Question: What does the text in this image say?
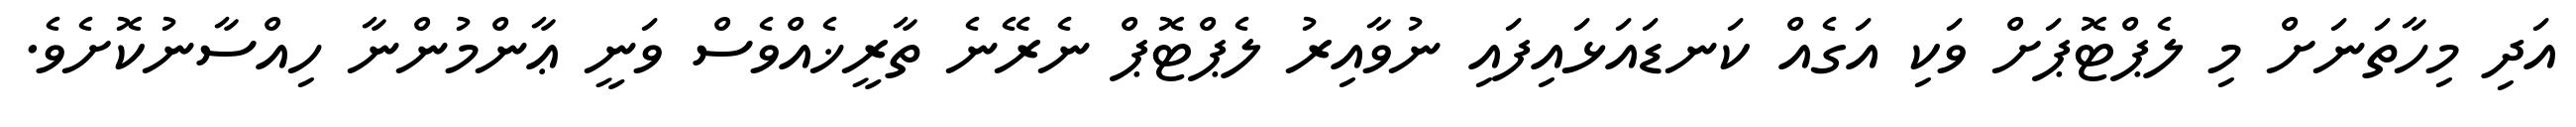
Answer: އަދި މިހާތަނަށް މި ލެޕްޓޮޕަށް ވަކި އަގެއް ކަނޑައަޅައިފައި ނުވާއިރު ލެޕްޓޮޕް ނެރޭނެ ތާރީޚެއްވެސް ވަނީ ޢާންމުންނާ ހިއްސާނުކޮށެވެ.